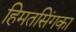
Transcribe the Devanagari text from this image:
हिमतसिंगका